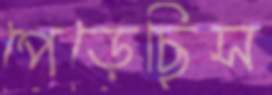
পেড়েছিস